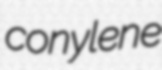
conylene